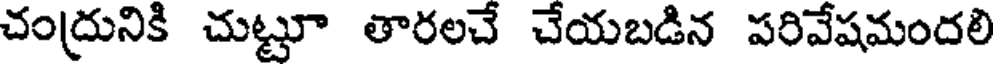
చంద్రునికి చుట్టూ తారలచే చేయబడిన పరివేషమందలి